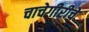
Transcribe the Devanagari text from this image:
चाचेगीरीचे